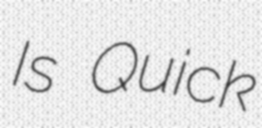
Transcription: Is Quick